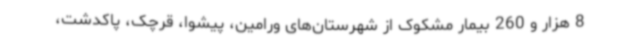
8 هزار و 260 بیمار مشکوک از شهرستان‌های ورامین، پیشوا، قرچک، پاکدشت،